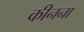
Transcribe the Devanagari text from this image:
कीनना